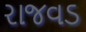
રાજવડ